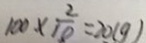
1 0 0 \times \frac { 2 } { 1 0 } = 2 0 ( g )